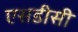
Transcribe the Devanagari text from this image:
एसडीसी